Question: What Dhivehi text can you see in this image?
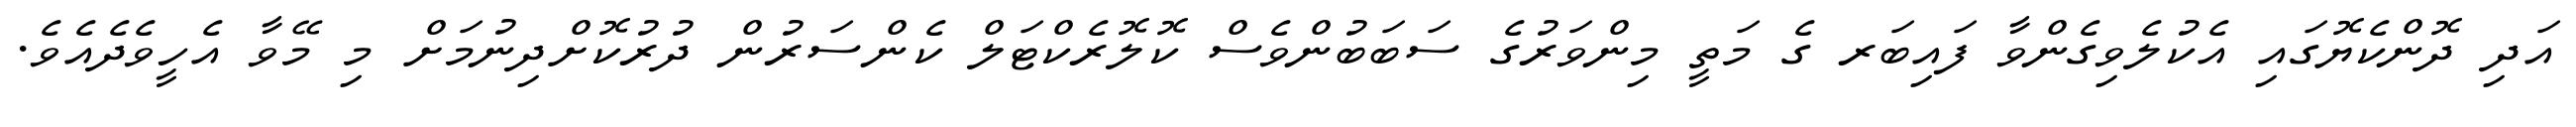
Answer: އަދި ދޮންކެޔޮގައި އެކުލެވިގެންވާ ފައިބަރ ގެ މަތީ މިންވަރުގެ ސަބަބުންވެސް ކޮލޮރެކްޓަލް ކެންސަރުން ދުރުކޮށްދިނުމަށް މި މޭވާ އެހީވެދެއެވެ.